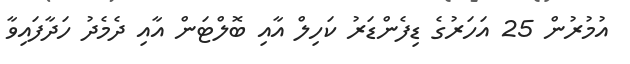
އުމުރުން 25 އަހަރުގެ ޑިފެންޑަރު ކަހިލް އާއި ބޮލްޓަން އާއި ދެމެދު ހަދާފައިވާ